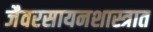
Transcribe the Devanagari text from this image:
जैवरसायनशास्त्रात